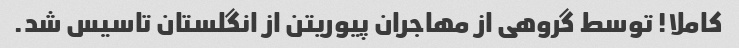
کاملا! توسط گروهی از مهاجران پیوریتن از انگلستان تاسیس شد.